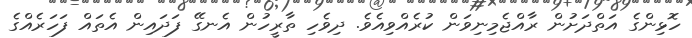
ހޮޅިންގެ އަތްދަށުން ރާއްޖެމިނިވަން ކުރެއްވިއެވެ. ދިވެހި ތާރީހުން އެނގޭ ފަދައިން އެތައް ފަހަރެއްގެ